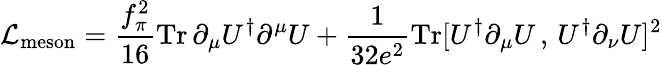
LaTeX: {\cal\mathcal{L}}_{\mathrm{{meson}}}=\frac{{f_{\pi}^{2}}}{{16}}\mathrm{{Tr}}\, \partial_{\mu}U^{\dagger}\partial^{\mu}U+\frac{{1}}{{32e^{2}}}\mathrm{{Tr}}[U^{\dagger}\partial_{\mu}U\, ,\, U^{\dagger}\partial_{\nu}U]^{2}